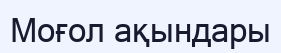
Моғол ақындары